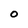
Character: 0